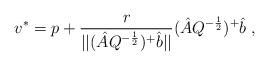
LaTeX: \begin{align*} v^*=p+\frac r{||(\hat AQ^{-\frac 12})^+\hat b||}(\hat AQ^{-\frac 12})^+\hat b\;,\end{align*}